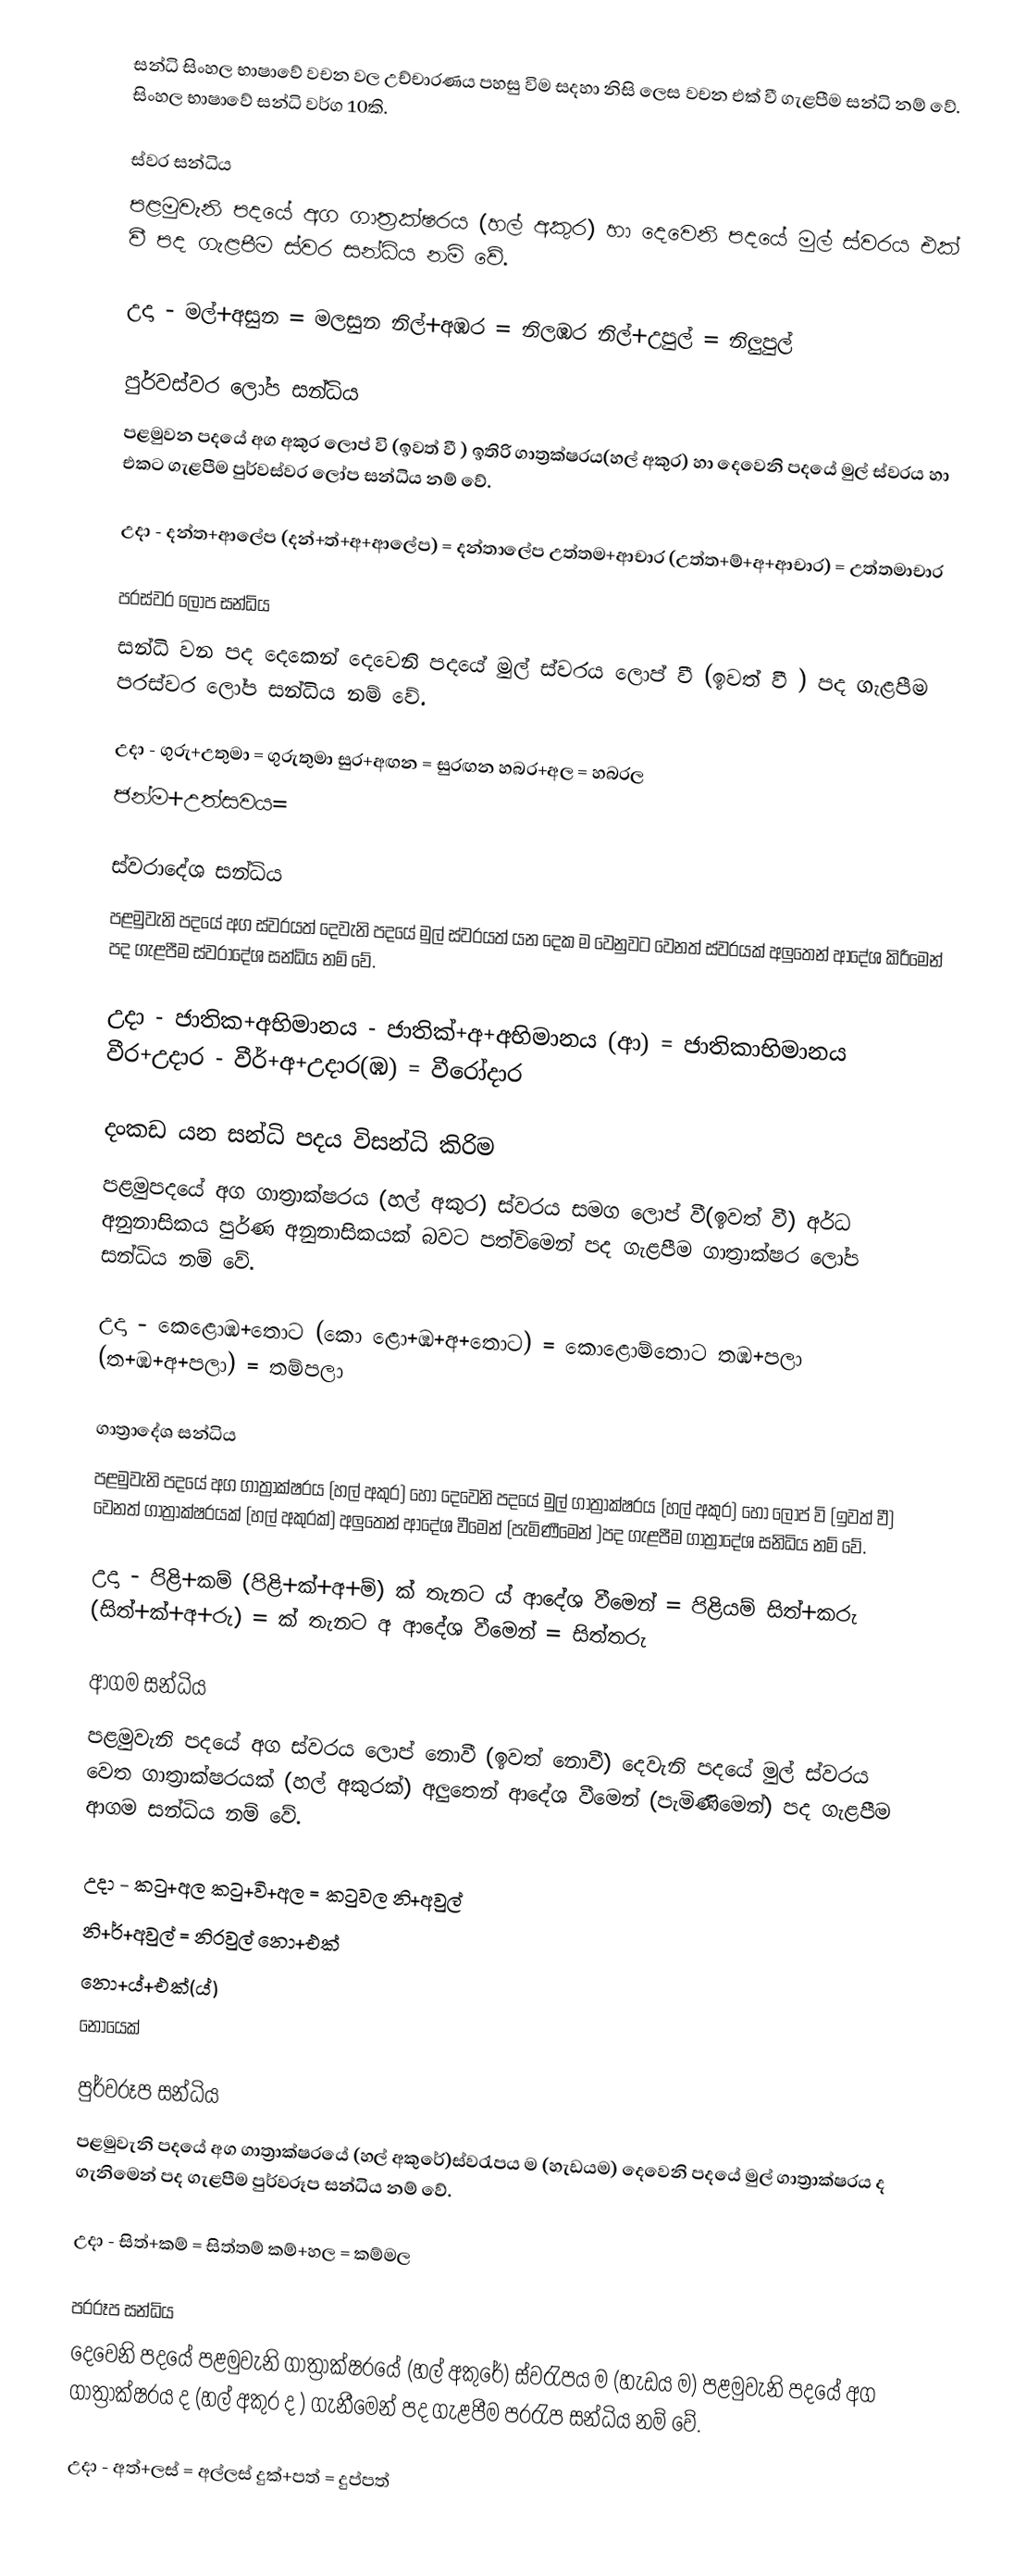
සන්ධි සිංහල භාෂාවේ වචන වල උච්චාරණය පහසු විම සදහා නිසි ලෙස වචන එක් වී ගැළපීම සන්ධි නම් වේ. සිංහල භාෂාවේ සන්ධි වර්ග 10කි.

ස්වර සන්ධිය
පළමුවැනි පදයේ අග ගාත්‍රක්ෂරය (හල් අකුර) හා දෙවෙනි පදයේ මුල් ස්වරය එක් වී පද ගැළපීම ස්වර සන්ධිය නම් වේ.

උදා - මල්+අසුන = මලසුන        නිල්+අඹර = නිලඹර          නිල්+උපුල් = නිලුපුල්

පුර්වස්වර ‍ලෝප සන්ධිය
පළමුවන පදයේ අග අකුර ‍ලොප් වි (ඉවත් වී ) ඉතිරි ගාත්‍රක්ෂරය(හල් අකුර) හා දෙවෙනි පදයේ මුල් ස්වරය හා එකට ගැළපීම පුර්වස්වර ලෝප සන්ධිය නම් වේ.

උදා - දන්ත+ආලේප (දන්+ත්+අ+ආලේප) = දන්තාලේප       උත්තම+ආචාර (උත්ත+ම්+අ+ආචාර) = උත්තමාචාර

පරස්වර ලෝප සන්ධිය
සන්ධි වන පද දෙකෙන් දෙවෙනි පදයේ මුල් ස්වරය ‍ලොප් වී (ඉවත් වී ) පද ගැළපීම පරස්වර ලෝප සන්ධිය නම් වේ.

උදා - ගුරු+උතුමා = ගුරුතුමා          සුර+අඟන = සුරඟන                හබර+අල = හබරල
ජන්ම+උත්සවය=

ස්වරාදේශ සන්ධිය
පළමුවැනි පදයේ අග ස්වරයත් දෙවැනි පදයේ මුල් ස්වරයත් යන දෙක ම වෙනුවට වෙනත් ස්වරයක් අලුතෙන් ආදේශ කිරීමෙන් පද ගැළපීම ස්වරාදේශ සන්ධිය නම් වේ.

උදා - ජාතික+අභිමානය - ජාතික්+අ+අභිමානය (ආ) = ජාතිකාභිමානය       වීර+උදාර - වීර්+අ+උදාර(ඹ) = වීරෝදාර

දංකඩ යන සන්ධි පදය විසන්ධි කිරිම
පළමුපදයේ අග ගාත්‍රාක්ෂරය (හල් අකුර) ස්වරය සමග ‍ලොප් වී(ඉවත් වී) අර්ධ අනුනාසිකය පුර්ණ අනුනාසිකයක් බවට පත්විමෙන් පද ගැළපීම ගාත්‍රාක්ෂර ලෝප සන්ධිය නම් වේ.

උදා - කෙළොඹ+තොට (කො ළො+ඹ+අ+තොට) = කොළොම්තොට            තඹ+පලා (ත+ඹ+අ+පලා) = තම්පලා

ගාත්‍රා‍දේශ සන්ධිය
පළමුවැනි පදයේ අග ගාත්‍රාක්ෂරය (හල් අකුර) හෝ දෙවෙනි පදයේ මුල් ගාත්‍රාක්ෂරය (හල් අකුර) හෝ ලොප් වි (ඉවත් වී) වෙනත් ගාත්‍රාක්ෂරයක් (හල් අකුරක්) අලුතෙන් ආදේශ වීමෙන් (පැමිණීමෙන් )පද ගැළපීම ගාත්‍රාදේශ සනිධිය නම් වේ.

උදා - පිළි+කම් (පිළි+ක්+අ+ම්) ක් තැනට ය් ආදේශ වීමෙන් =  පිළියම්     සිත්+කරු (සිත්+ක්+අ+රු) = ක් තැනට අ ආදේශ වීමෙන් = සිත්තරු

ආගම සන්ධිය
පළමුවැනි පදයේ අග ස්වරය ‍ලොප් නොවී (ඉවත් නොවී) දෙ‍වැනි පදයේ මුල් ස්වරය වෙත ගාත්‍රාක්ෂරයක් (හල් අකුරක්) අලුතෙන් ආදේශ වීමෙන් (පැමිණිමෙන්) පද ගැළපීම ආගම සන්ධිය නම් වේ.

උදා -  කටු+අල කටු+වි+අල = කටුවල              නි+අවුල්
නි+ර්+අවුල් = නිරවුල්            නො+එක්
නො+ය්+එක්(ය්)
නොයෙක්

පුර්වරූප සන්ධිය
පළමුවැනි පද‍යේ අග ගාත්‍රාක්ෂරයේ (හල් අකුරේ)ස්වරැපය ම (හැඩයම) දෙවෙනි පදයේ මුල් ගාත්‍රාක්ෂරය ද ගැනිමෙන් පද ගැළපීම පුර්වරූප සන්ධිය නම් වේ.

උදා -  සිත්+කම් = සිත්තම්              කම්+හල = කම්මල

පරරූප සන්ධිය
දෙවෙනි පදයේ පළමුවැනි ගාත්‍රාක්ෂරයේ (හල් අකුරේ) ස්වරැපය ම (හැඩය ම) පළමුවැනි පදයේ අග ගාත්‍රාක්ෂරය  ද (හල් අකුර ද ) ගැනීමෙන් පද ගැළපීම පරරැප සන්ධිය නම් වේ.

උදා - අත්+ලස් = අල්ලස්                     දුක්+පත් = දුප්පත්